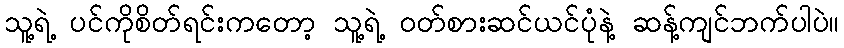
သူ့ရဲ့ ပင်ကိုစိတ်ရင်းကတော့ သူ့ရဲ့ ဝတ်စားဆင်ယင်ပုံနဲ့ ဆန့်ကျင်ဘက်ပါပဲ။